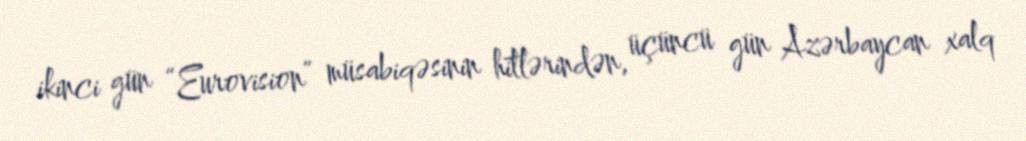
ikinci gün “Eurovision” müsabiqəsinin hitlərindən, üçüncü gün Azərbaycan xalq